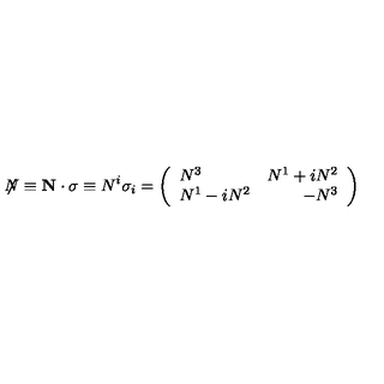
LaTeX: \not \! \! { N } \equiv { \bf N \cdot \sigma } \equiv N ^ { i } \sigma _ { i } = \left( \begin{array} { l r } { N ^ { 3 } } & { N ^ { 1 } + i N ^ { 2 } } \\ { N ^ { 1 } - i N ^ { 2 } } & { - N ^ { 3 } } \\ \end{array} \right)